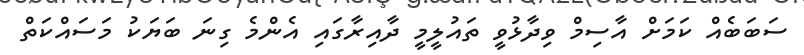
ސަބަބެއް ކަމަށް އާސިމް ވިދާޅުވީ ތައުލީމީ ދާއިރާގައި އެންމެ ގިނަ ބަޔަކު މަސައްކަތް